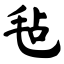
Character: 毡